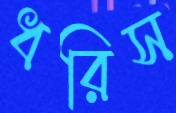
ধরিস